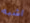
اشبه